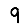
Digit: 9